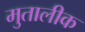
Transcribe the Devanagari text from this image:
मुतालीक